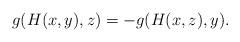
LaTeX: \begin{align*}g(H(x,y),z)=-g(H(x,z),y).\end{align*}